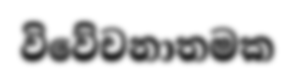
විවේචනාතමක